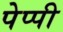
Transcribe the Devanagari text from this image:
पेप्पी